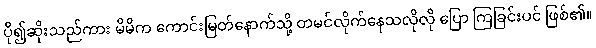
ပို၍ဆိုးသည်ကား မိမိက ကောင်းမြတ်နောက်သို့ တမင်လိုက်နေသလိုလို ပြော ကြခြင်းပင် ဖြစ်၏။